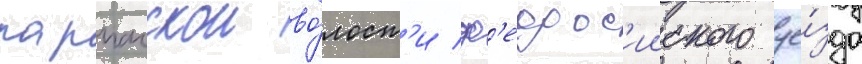
парпачскои во́лост'и ф'еодос'ииского уе́зда